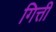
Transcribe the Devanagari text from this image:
गित्ती